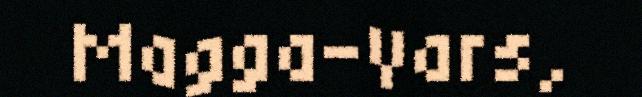
Magga-Vars,